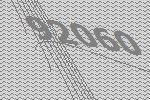
92060